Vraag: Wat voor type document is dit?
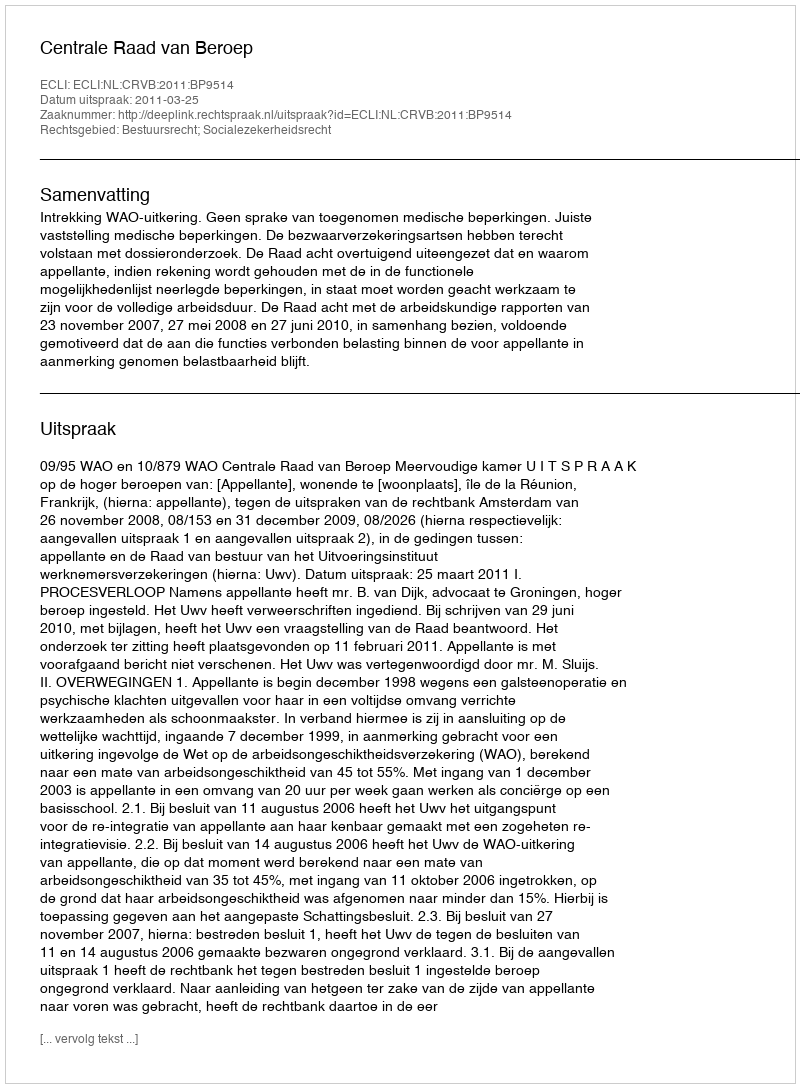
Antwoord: Uitspraak